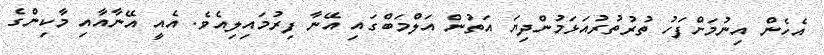
އެހެން އިނުމަށްފަހު ތުރުތުރުއަޅަމުންދިޔަ އަތުން އަލްމަބްގައި އޭނާ ފިރުމައިލިއެވެ. އެއީ އޭނާއާއި މާކިންގެ